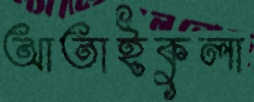
আতাইকুলা